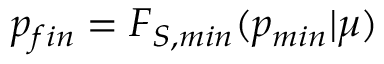
p _ { f i n } = F _ { S , m i n } ( p _ { m i n } | \mu )